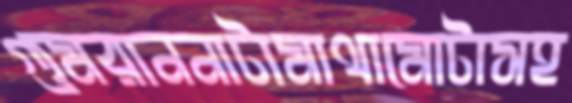
গুমরাননাটামাথামোটাসহ